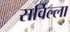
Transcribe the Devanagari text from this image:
सर्विल्ला